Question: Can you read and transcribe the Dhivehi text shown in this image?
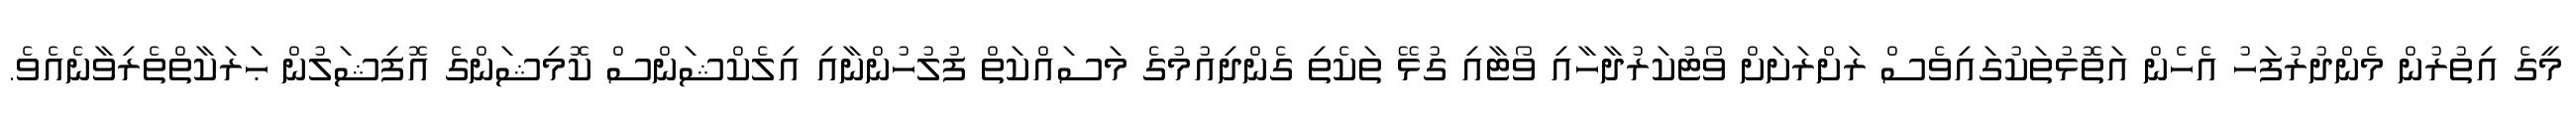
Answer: މީގެ އިތުރުން މެންދުރުފަހު އެހެން އަތޮޅުތަކުގައިވެސް ރަށްރަށަށް ވޯޓުކަރުދާހާއި ވޯޓާއި ގުޅޭ ތަކެތި ގެންދިއުމުގެ މަސައްކަތް ފުލުހުންނާއި އިލެކްޝަންސް ކޮމިޝަންގެ އޮފިޝަލުން ޙަރަކާތްތެރިވާނެއެވެ.